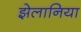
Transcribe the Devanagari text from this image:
झेलानिया